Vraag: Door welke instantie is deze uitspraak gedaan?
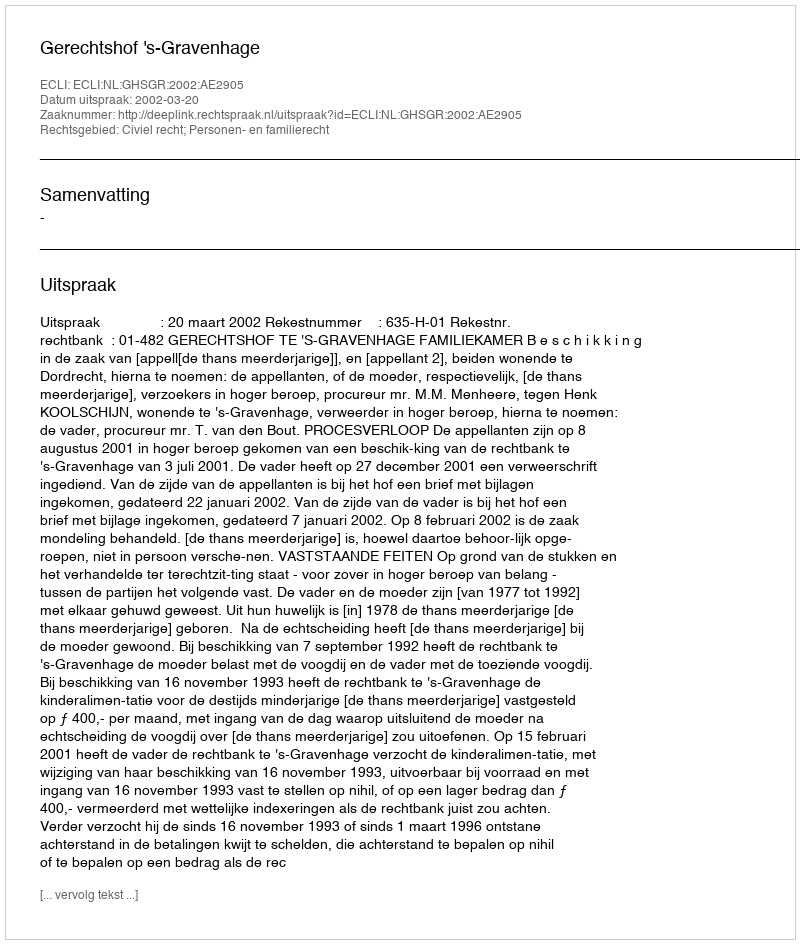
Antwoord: Gerechtshof 's-Gravenhage